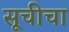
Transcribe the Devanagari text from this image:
सूचीचा